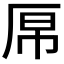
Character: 𫨉